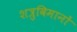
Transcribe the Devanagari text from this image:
शत्रुविमानों